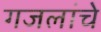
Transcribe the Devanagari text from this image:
गजलांचे